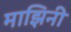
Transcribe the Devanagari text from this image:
माझिनी